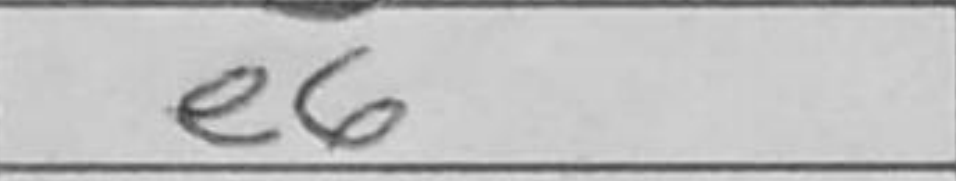
Transcription: e6